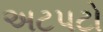
અટપટો